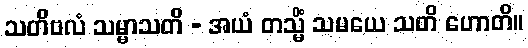
သတိဗလံ သမ္မာသတိ - အယံ တသ္မိံ သမယေ သတိ ဟောတိ။